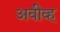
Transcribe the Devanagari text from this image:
अवीव्ह